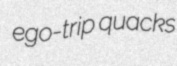
ego-trip quacks